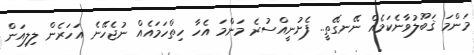
މަންމަ ޤަބޫލުވާނެކަމެއް ނޭނގޭތީ.. ފެށުނީއްސުރެ މަންމަ އެހާ ހިތްހަމައެއް ނުޖެހޭނެ އަހަރެން ލިލިއަން